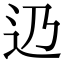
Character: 辸